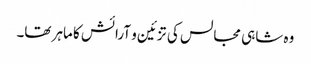
وہ شاہی مجالس کی تزئین و آرائش کا ماہر تھا۔